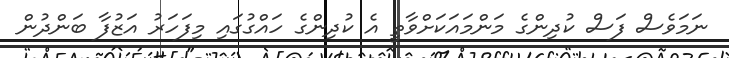
ނަމަވެސް ފަސް ކުދިންގެ މަންމައަކަށްވާތީ އެ ކުދިންގެ ހައްގުގައި މިފަހަރު އަޒުފާ ބަންދުން